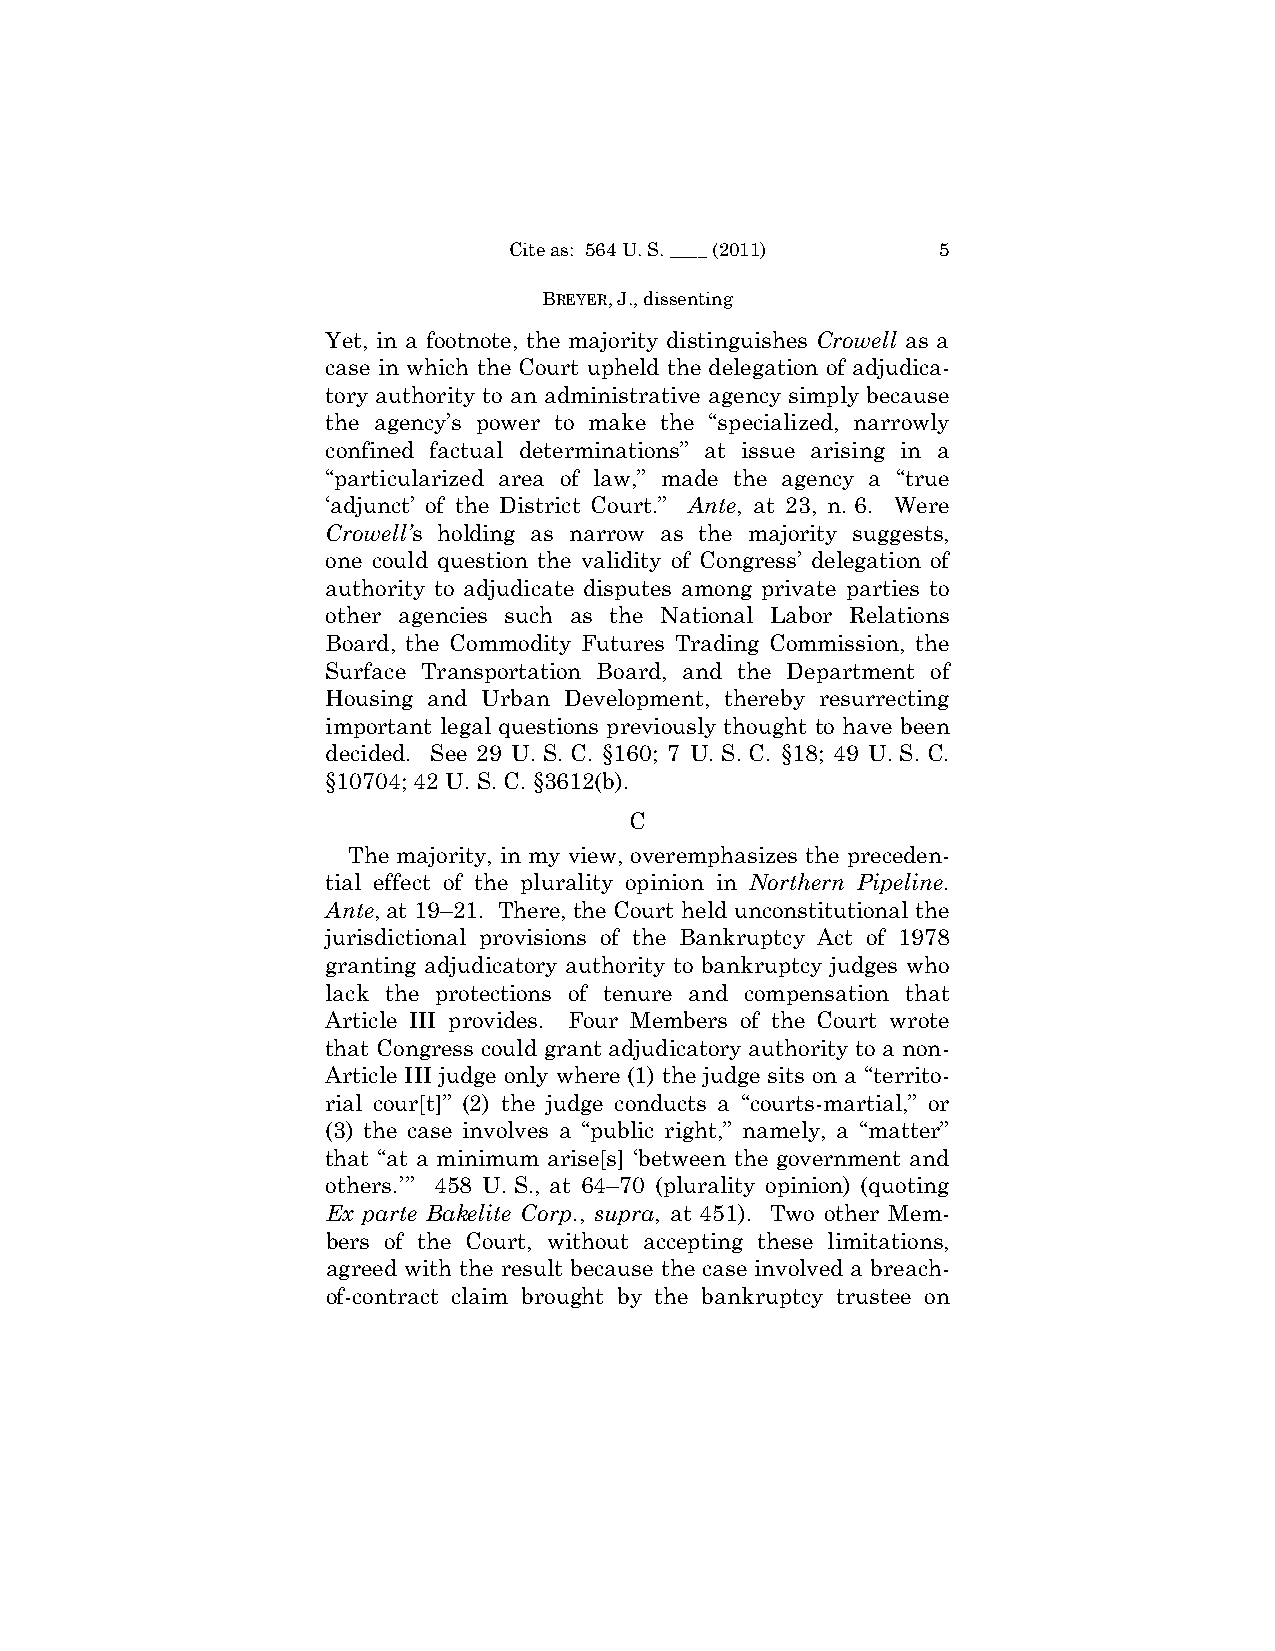
Cite as: 564 U. S. ____ (2011) 5
 BREYER, J., dissenting
 Yet, in a footnote, the majority distinguishes Crowell as a
 case in which the Court upheld the delegation of adjudica­
 tory authority to an administrative agency simply because
 the agency’s power to make the “specialized, narrowly
 confined factual determinations” at issue arising in a
 “particularized area of law,” made the agency a “true
 ‘adjunct’ of the District Court.” Ante, at 23, n. 6. Were
 Crowell’s holding as narrow as the majority suggests,
 one could question the validity of Congress’ delegation of
 authority to adjudicate disputes among private parties to
 other agencies such as the National Labor Relations
 Board, the Commodity Futures Trading Commission, the
 Surface Transportation Board, and the Department of
 Housing and Urban Development, thereby resurrecting
 important legal questions previously thought to have been
 decided. See 29 U. S. C. §160; 7 U. S. C. §18; 49 U. S. C.
 §10704; 42 U. S. C. §3612(b).
 C
 The majority, in my view, overemphasizes the preceden­
 tial effect of the plurality opinion in Northern Pipeline.
 Ante, at 19–21. There, the Court held unconstitutional the
 jurisdictional provisions of the Bankruptcy Act of 1978
 granting adjudicatory authority to bankruptcy judges who
 lack the protections of tenure and compensation that
 Article III provides. Four Members of the Court wrote
 that Congress could grant adjudicatory authority to a non-
 Article III judge only where (1) the judge sits on a “territo­
 rial cour[t]” (2) the judge conducts a “courts-martial,” or
 (3) the case involves a “public right,” namely, a “matter”
 that “at a minimum arise[s] ‘between the government and
 others.’” 458 U. S., at 64–70 (plurality opinion) (quoting
 Ex parte Bakelite Corp., supra, at 451). Two other Mem­
 bers of the Court, without accepting these limitations,
 agreed with the result because the case involved a breach­
 of-contract claim brought by the bankruptcy trustee on